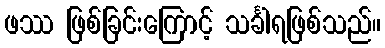
ဖဿ ဖြစ်ခြင်းကြောင့် သင်္ခါရဖြစ်သည်။